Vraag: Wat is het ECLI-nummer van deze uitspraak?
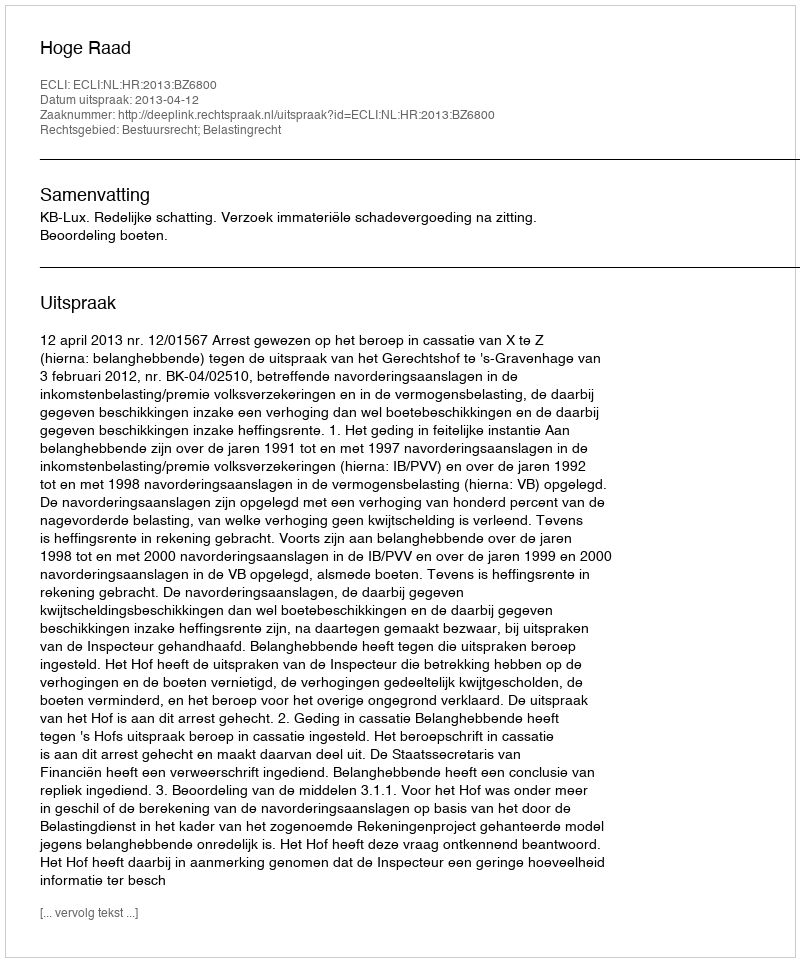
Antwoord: ECLI:NL:HR:2013:BZ6800